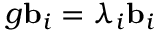
g { \bf b } _ { i } = \lambda _ { i } { \bf b } _ { i }